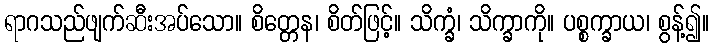
ရာဂသည်ဖျက်ဆီးအပ်သော။ စိတ္တေန၊ စိတ်ဖြင့်။ သိက္ခံ၊ သိက္ခာကို။ ပစ္စက္ခာယ၊ စွန့်၍။